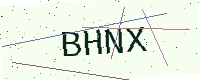
Text: BHNX